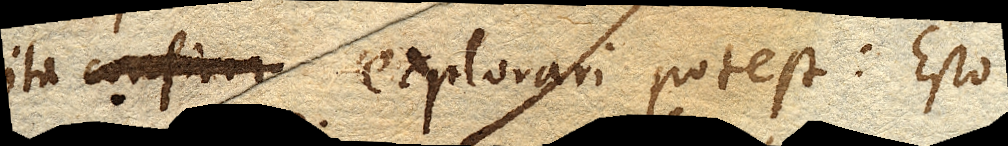
ita explorari potest: Esto